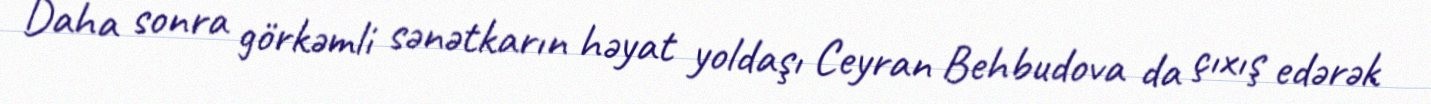
Daha sonra görkəmli sənətkarın həyat yoldaşı Ceyran Behbudova da çıxış edərək